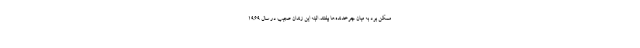
ممکن بود به میان چرخدنده‌ها بیفتند. البته این زندان عجیب در سال ۱۹۶۹